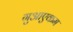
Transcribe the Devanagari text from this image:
गुआएकम